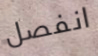
انفصل